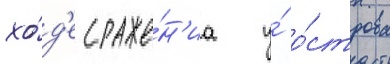
хо́д'е сраже́н'иа у́ о́строва